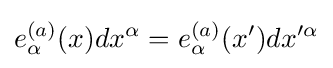
e_{\alpha }^{(a)}(x)dx^{\alpha }=e_{\alpha }^{(a)}(x^{\prime })dx^{\prime \alpha }